Second report of the anti-malarial operations at Mian Mir, 1901-1903 - Number 9
Year: 1901
Disease focus: Malaria
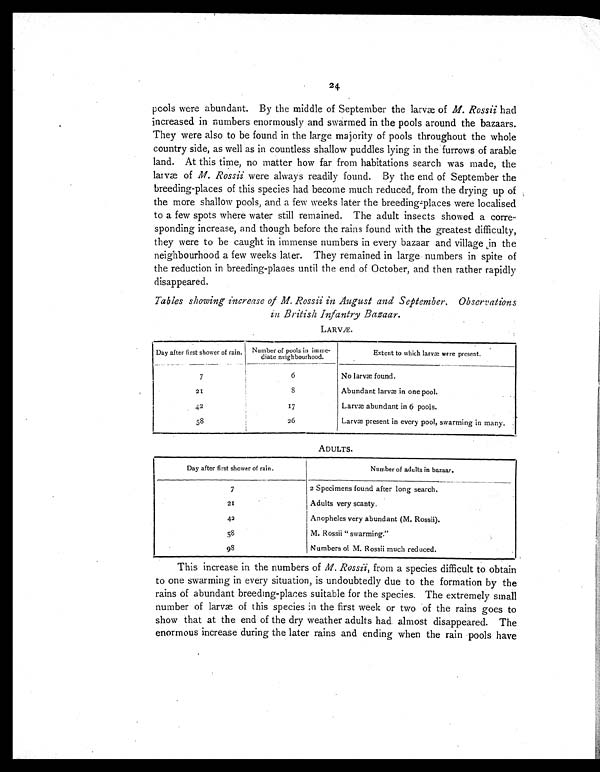
24
pools were abundant. By the middle of September the larvæ of M. Rossii had
increased in numbers enormously and swarmed in the pools around the bazaars.
They were also to be found in the large majority of pools throughout the whole
country side, as well as in countless shallow puddles lying in the furrows of arable
land. At this time, no matter how far from habitations search was made, the
larvæ of M. Rossii were always readily found. By the end of September the
breeding places of this species had become much reduced, from the drying up of
the more shallow pools, and a few weeks later the breeding-places were localised
to a few spots where water still remained. The adult insects showed a corre-
sponding increase, and though before the rains found with the greatest difficulty,
they were to be caught in immense numbers in every bazaar and village in the
neighbourhood a few weeks later. They remained in large numbers in spite of
the reduction in breeding-places until the end of October, and then rather rapidly
disappeared.
Tables showing increase of M. Rossii in August and September. Observations
in British Infantry Bazaar.
LARVÆ.
Day after first shower of rain. Number of pools in imme-
diate neighbourhood.
Extent to which larvæ were present.
7
6
No larvæ found.
21
8
Abundant larvæ in one pool.
42
17
Larvæ abundant in 6 pools.
58
26
Larvæ present in every pool, swarming in many.
ADULTS.
Day after first shower of rain.
Number of adults in bazaar.
7
2 Specimens found after long search.
21
Adults very scanty.
42
Anopheles very abundant (M. Rossii).
58
M. Rossii "swarming."
9 8
Numbers of M. Rossii much reduced.
This increas e in the numbers of M. Rossii, from a species difficult to obtain
to one swarming in every situation, is undoubtedly due to the formation by the
rains of abundant breeding-places suitable for the species. The extremely small
n u mb e r o f l a r v æ o f t h i s s p e c i e s i n t h e f i r s t we e k o r t wo o f t h e r a i n s g o e s t o
show that at the end of the dry weather adults had almost disappeared. The
enormous increase during the later rains and ending when the rain pools have